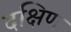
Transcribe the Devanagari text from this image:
दक्षिण